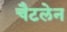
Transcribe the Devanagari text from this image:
चैटलेन